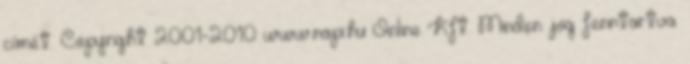
címét. Copyright 2001-2010 www.napi.hu Online Kft. Minden jog fenntartva.